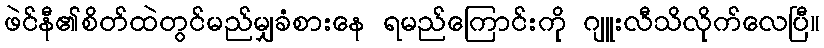
ဖဲင်နီ၏စိတ်ထဲတွင်မည်မျှခံစားနေ ရမည်ကြောင်းကို ဂျူးလီသိလိုက်လေပြီ။